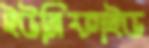
ইউনিফাইড